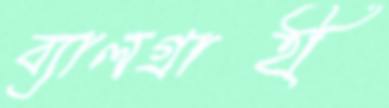
ব্যালগ্রাহী